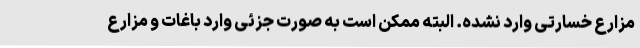
مزارع خسارتی وارد نشده. البته ممکن است به صورت جزئی وارد باغات و مزارع